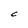
Character: C